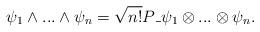
LaTeX: \begin{align*}\psi_1 \wedge ... \wedge \psi_n = \sqrt{n!} P\_ \psi_1 \otimes ... \otimes \psi_n .\end{align*}